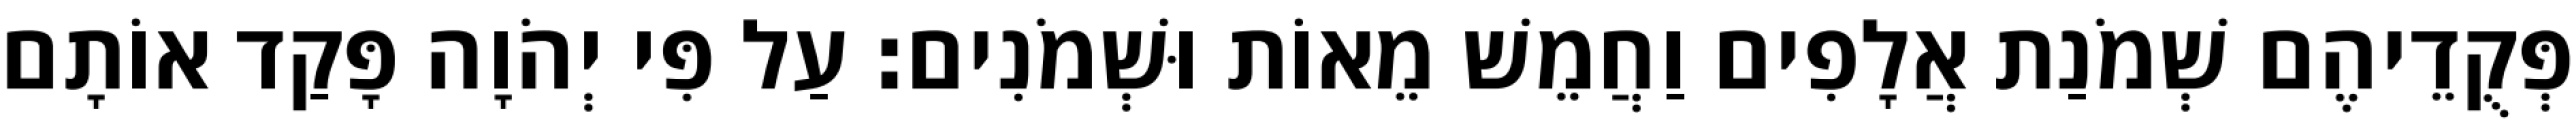
פְּקֻדֵיהֶם שְׁמֹנַת אֲלָפִים וַחֲמֵשׁ מֵאוֹת וּשְׁמֹנִים׃ עַל פִּי יְהֹוָה פָּקַד אוֹתָם